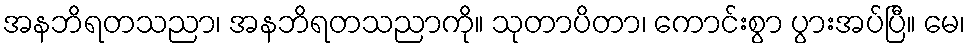
အနဘိရတသညာ၊ အနဘိရတသညာကို။ သုတာပိတာ၊ ကောင်းစွာ ပွားအပ်ပြီ။ မေ၊